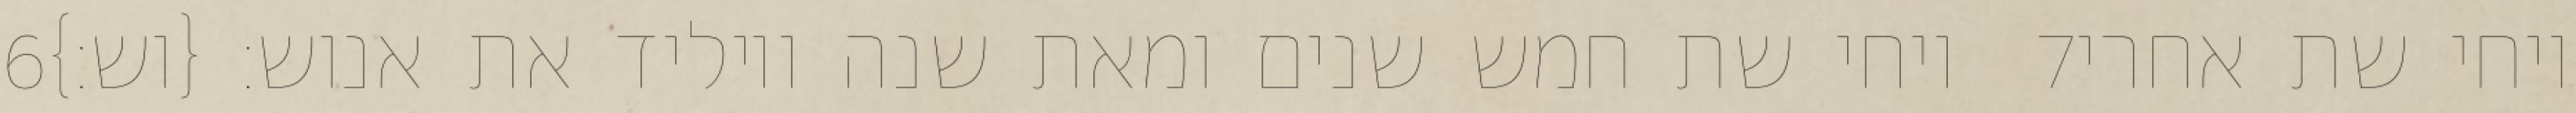
‎6‏ ויחי שת חמש שנים ומאת שנה ויוליד את אנוש׃ {וש׃} ‎7‏ ויחי שת אחרי